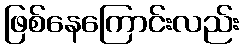
ဖြစ်နေကြောင်းလည်း